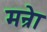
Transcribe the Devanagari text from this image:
मन्रेा